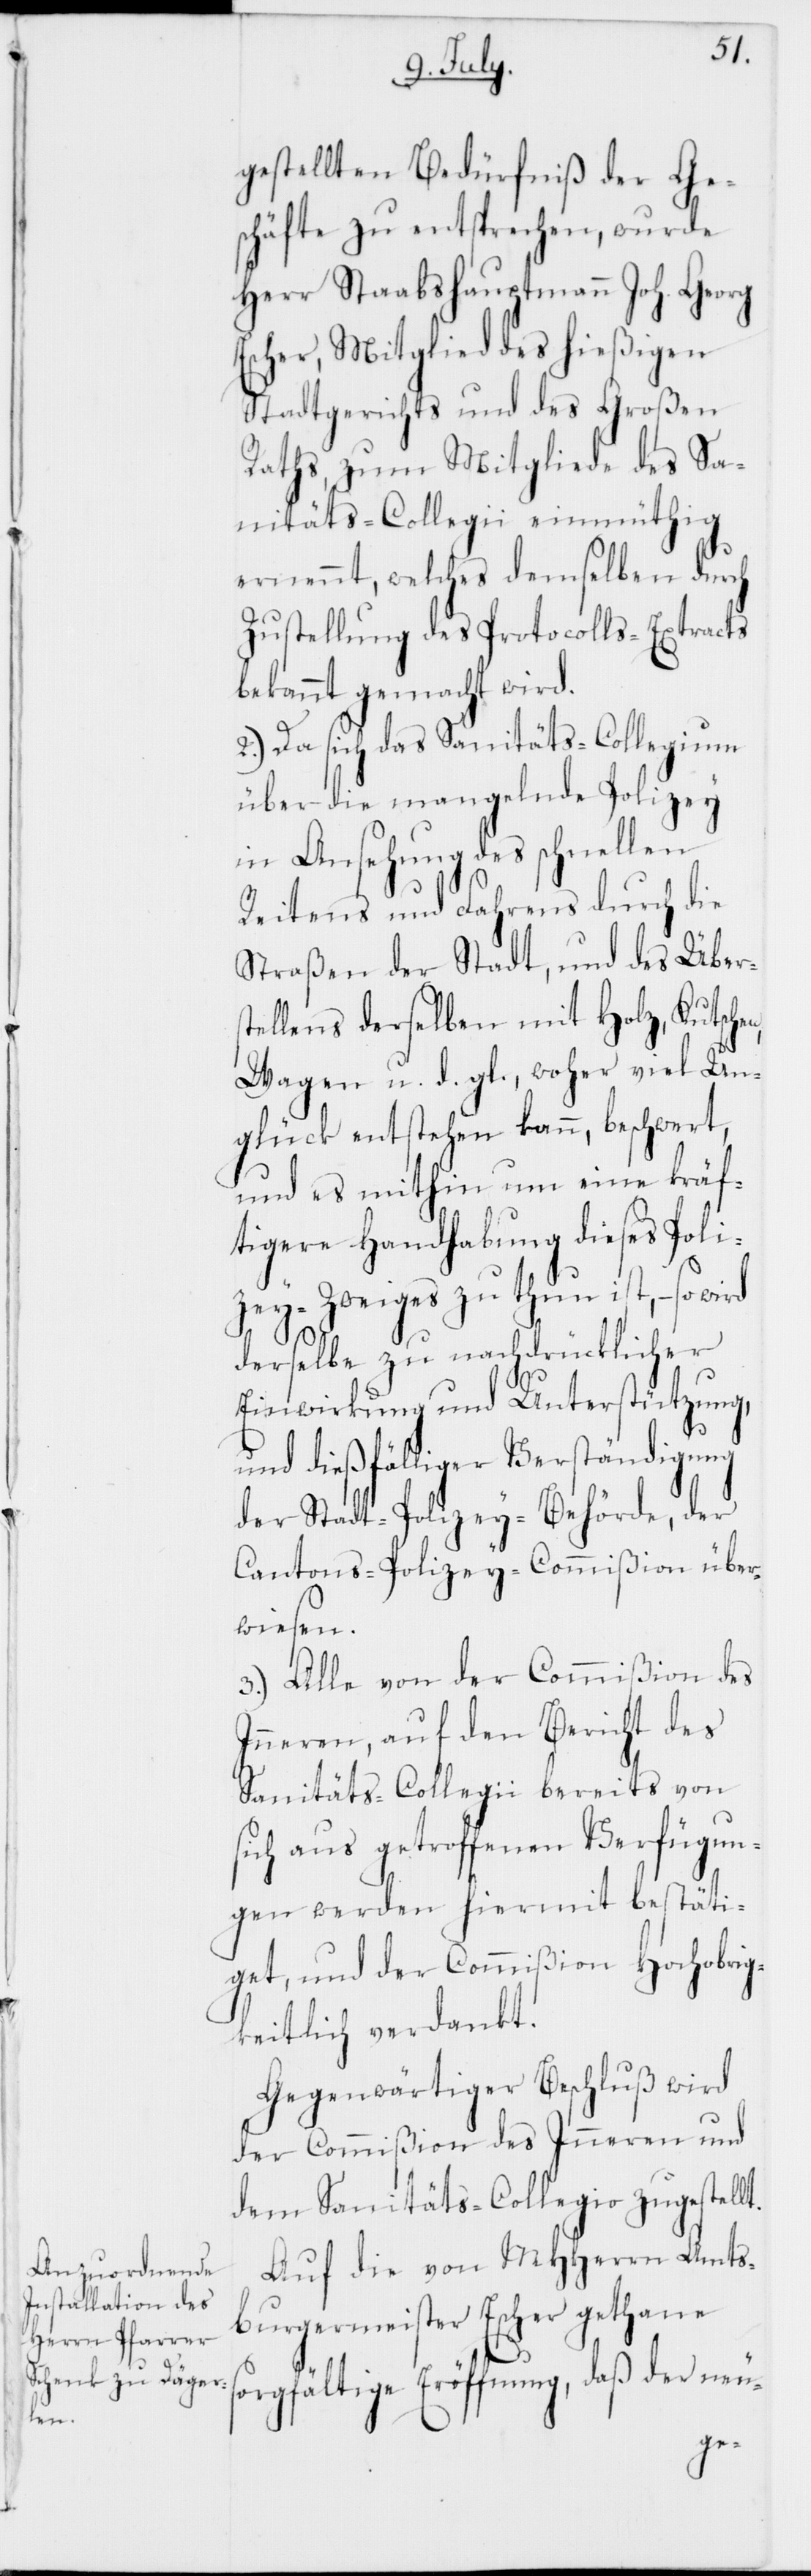
gestellten Bedürfniß der Ge¬
schäfte zu entsprechen, wurde
Herr Stabshauptmann Joh. Georg
Escher, Mitglied des hießigen
Stadtgerichts und des Großen
Raths, zum Mitglied des Sa¬
nitäts-Collegio einmüthig
ernennt, welches demselben durch
Zustellung des Protocoll-Extracts
bekannt gemacht wird.
2.) Da sich das Sanitäts-Collegium
über die mangelnde Polizey
in Ansehung des schnellen
Reitens und Fahrens durch die
Straßen der Stadt, und des Übers¬
tellens derselben mit Holz, Kutschen,
Wagen u. d. gl., woher viel Un¬
glück entstehen kann, beschwert,
und es mithin um eine kräf¬
tigere Handhabung dieses Poli¬
zey-Zweiges zu thun ist, – so wird
derselbe zu nachdrücklicher
Einwirkung und Unterstützung,
s¬
und dießfälliger Verständigung
der Stadt-Polizey-Behörde, der
Cantons-Polizey-Commißion über¬
wiesen.
3.) Alle von der Commißion des
Inneren, auf den Bericht des
Sanitäts-Collegii bereits von
sich aus getroffenen Verfügun¬
gen werden hiermit bestäti¬
get, und der Commißion Hochobrig¬
keitlich verdankt.
Gegenwärtiger Beschluß wird
der Commißion des Inneren und
dem Sanitäts-Collegio zugestell¬
Auf die von MHHerrn Amst¬
burgermeister Escher gethane
orgfältige Eröffnung, daß der neu-